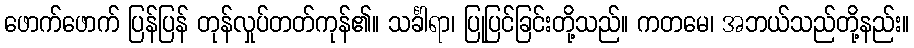
ဖောက်ဖောက် ပြန်ပြန် တုန်လှုပ်တတ်ကုန်၏။ သင်္ခါရာ၊ ပြုပြင်ခြင်းတို့သည်။ ကတမေ၊ အဘယ်သည်တို့နည်း။